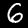
Digit: 6